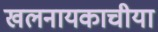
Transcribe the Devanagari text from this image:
खलनायकाचीया